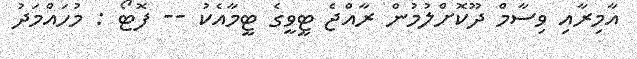
އާމިރާއި ވިސާމް ދޫކޮށްލުމުން ރާއްޖެ ޓީވީގެ ޓީމާއެކު -- ފޮޓޯ : މުހައްމަދު